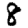
Digit: 8